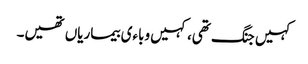
کہیں جنگ تھی، کہیں وباءی بیماریاں تھیں۔